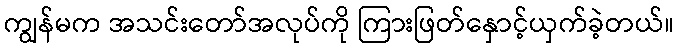
ကျွန်မက အသင်းတော်အလုပ်ကို ကြားဖြတ်နှောင့်ယှက်ခဲ့တယ်။